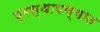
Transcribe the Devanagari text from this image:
प्रस्थापण्यात